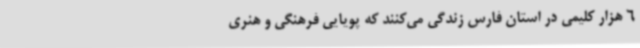
6 هزار کلیمی در استان فارس زندگی می‌کنند که پویایی فرهنگی و هنری